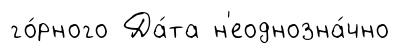
го́рного Да́та н'еоднозна́чно